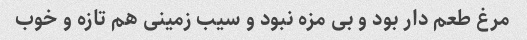
مرغ طعم دار بود و بی مزه نبود و سیب زمینی هم تازه و خوب